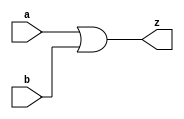
// This program was cloned from: https://github.com/siliconcompiler/lambdalib
// License: MIT License

//#############################################################################
//# Function: 2 Input Or Gate                                                 #
//# Copyright: Lambda Project Authors. All rights Reserved.                   #
//# License:  MIT (see LICENSE file in Lambda repository)                     #
//#############################################################################

module la_or2 #(
    parameter PROP = "DEFAULT"
) (
    input  a,
    input  b,
    output z
);

    assign z = a | b;

endmodule